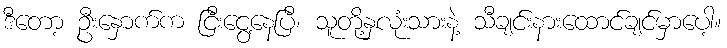
ဒီတော့ ဦးနှောက်က ငြီးငွေ့နေပြီ၊ သူတို့နှလုံးသားနဲ့ သီချင်းနားထောင်ချင်မှာပေါ့။